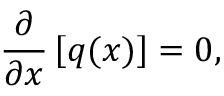
\frac { \partial } { \partial { x } } \left[ { { q } ( x ) } \right] = 0 ,